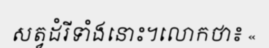
សត្វដំរីទាំងនោះ។លោកថា៖ «